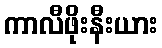
ကာလီဖိုးနီးယား